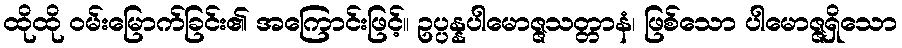
ထိုထို ဝမ်းမြောက်ခြင်း၏ အကြောင်းဖြင့်။ ဥပ္ပန္နပါမောဇ္ဇသတ္တာနံ၊ ဖြစ်သော ပါမောဇ္ဇရှိသော